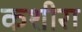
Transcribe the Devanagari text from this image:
कशीरा